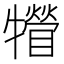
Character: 㹙